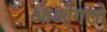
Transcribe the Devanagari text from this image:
आओगलो